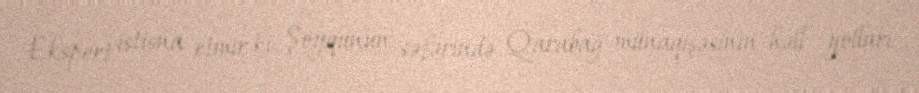
Ekspert istisna etmir ki, Şoyqunun səfərində Qarabağ münaqişəsinin həll yolları